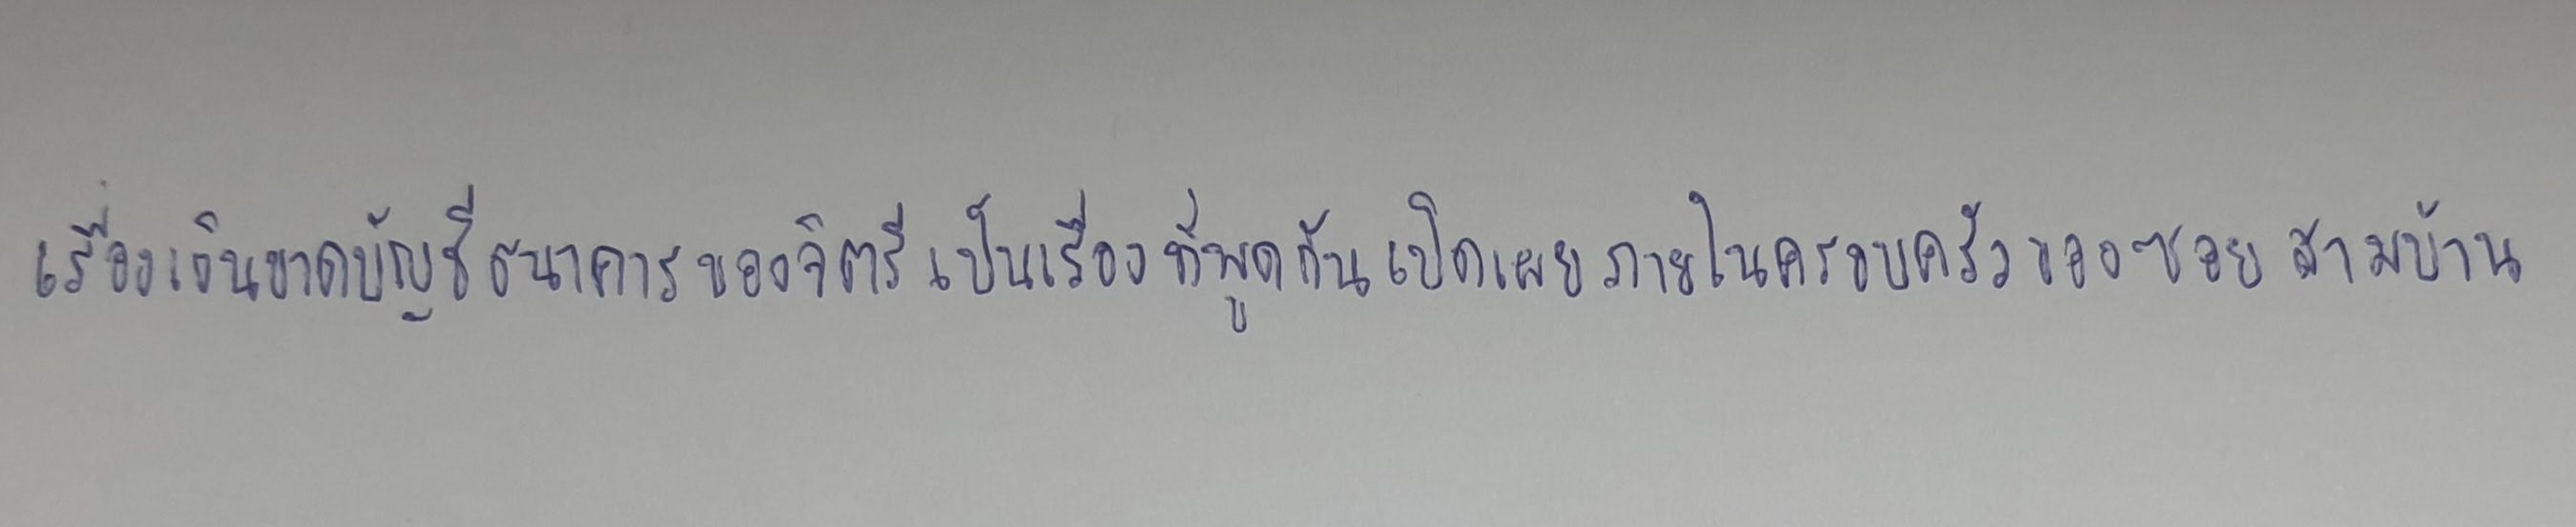
เรื่องเงินขาดบัญชีธนาคารของจิตรีเป็นเรื่องที่พูดกันเปิดเผยภายในครอบครัวของซอยสามบ้าน